Leaving Certificate Examination, 1910
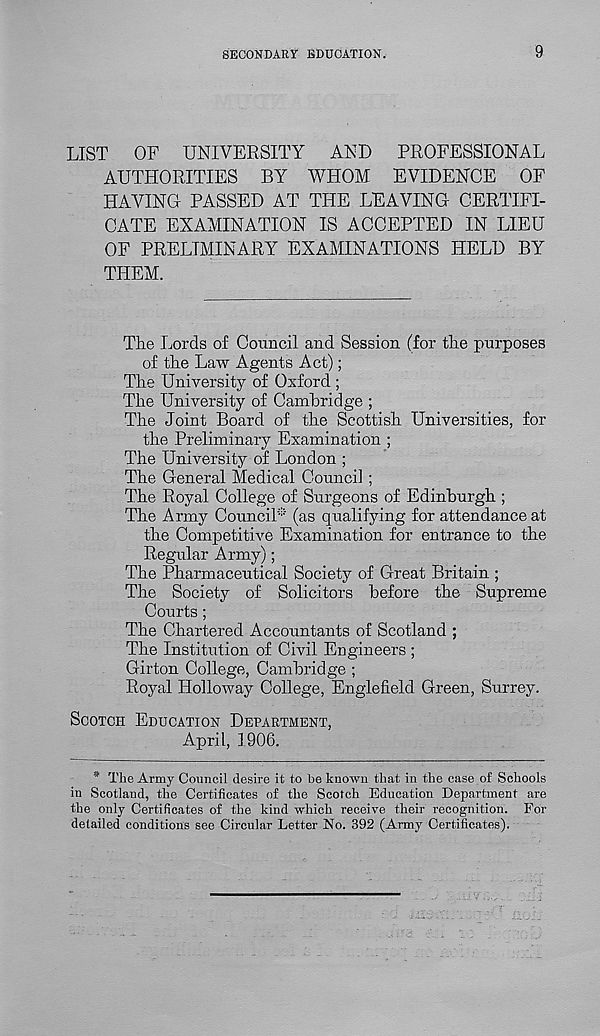
SECONDARY EDUCATION.
9
LIST OF UNIVERSITY AND PROFESSIONAL
AUTHORITIES BY WHOM EVIDENCE OF
HA VINO PASSED AT THE LEAVING CERTIFI-
CATE EXAMINATION IS ACCEPTED IN LIEU
OF PRELIMINARY EXAMINATIONS HELD BY
THEM.
The Lords of Council and Session (for the purposes
of tLe Law Agents Act);
Tire University of Oxford ;
The University of Cambridge ;
The Joint Board of the Scottish Universities, for
the Preliminary Examination ;
The University of London ;
The General Medical Council ;
The Royal College of Surgeons of Edinburgh ;
The Army Council* (as qualifying for attendance at
the Competitive Examination for entrance to the
Regular Army);
The Pharmaceutical Society of Great Britain ;
The Society of Solicitors before the Supreme
Courts;
The Chartered Accountants of Scotland ;
The Institution of Civil Engineers ;
Girton College, Cambridge ;
Royal Holloway College, Englefield Green, Surrey.
SCOTCH EDUCATION DEPARTMENT,
April, 1906.
* The Army Council desire it to he known that in the case of Schools
in Scotland, the Certificates of the Scotch Education Department are
the only Certificates of the kind which receive their recognition. For
detailed conditions see Circular Letter No. 392 (Army Certificates).